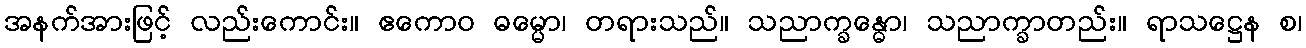
အနက်အားဖြင့် လည်းကောင်း။ ဧကောဝ ဓမ္မော၊ တရားသည်။ သညာက္ခန္ဓော၊ သညာက္ခာတည်း။ ရာသဋ္ဌေန စ၊